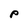
Character: p